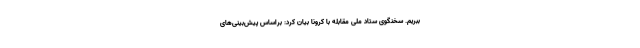
ببریم. سخنگوی ستاد ملی مقابله با کرونا بیان کرد: براساس پیش‌بینی‌های